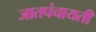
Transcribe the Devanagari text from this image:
जातपंचायती